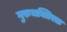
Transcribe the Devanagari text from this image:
गुरुभक्तिरतः